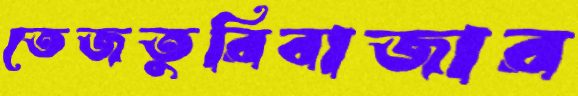
তেজতুরিবাজার